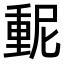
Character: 𫒃